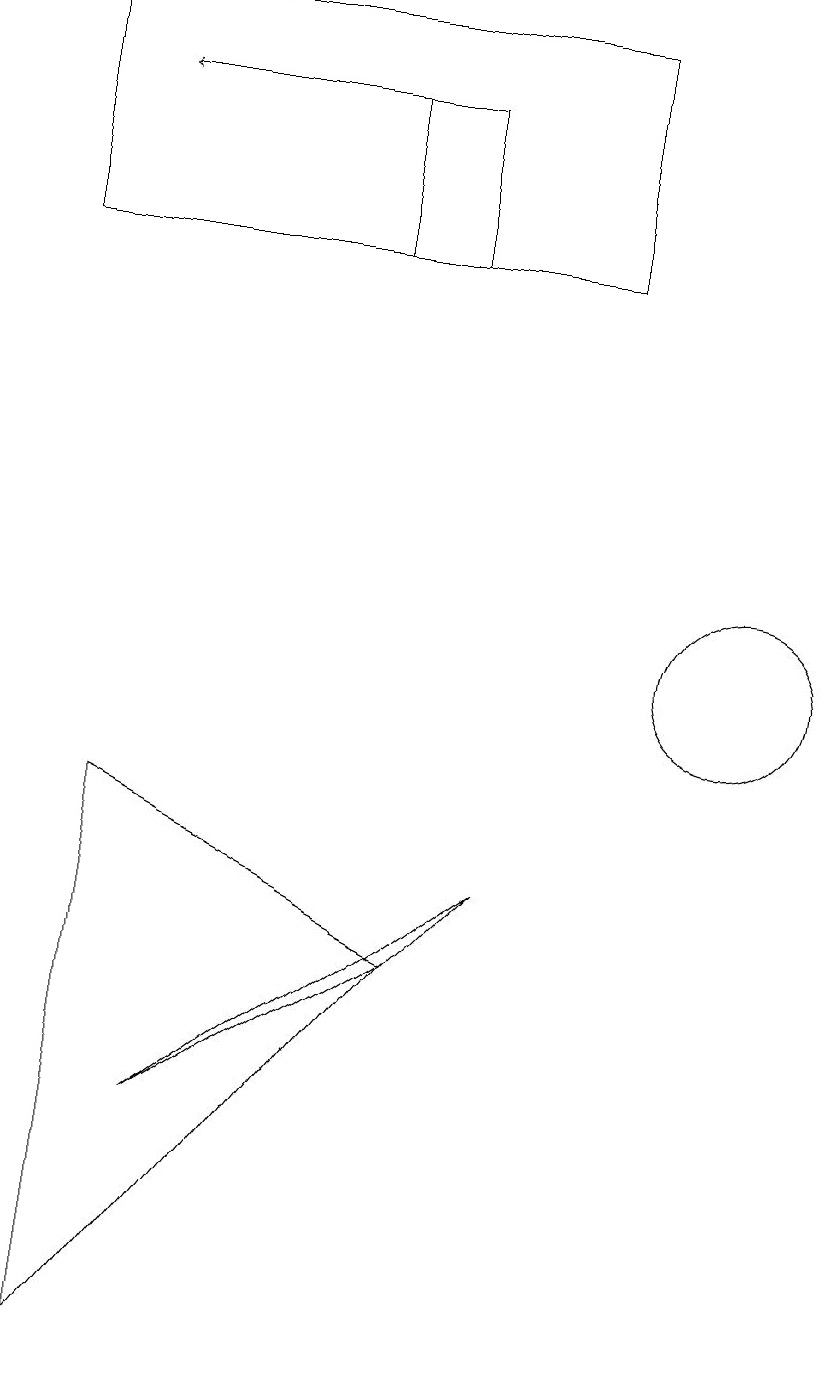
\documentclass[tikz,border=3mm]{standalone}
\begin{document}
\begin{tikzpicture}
\draw (4,4) -- (7,6) -- (8,7) -- cycle;
\draw (11,10) circle (1);
\draw[->] (6,17) -- (3,17);
\draw (2,15) rectangle (9,18);
\draw (3,8) -- (3,1) -- (7,6) -- cycle;
\draw (7,17) rectangle (6,15);
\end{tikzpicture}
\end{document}